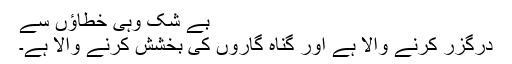
بے شک وہی خطاؤں سے
درگزر کرنے والا ہے اور گناہ گاروں کی بخشش کرنے والا ہے۔